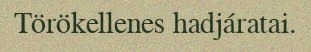
Törökellenes hadjáratai.